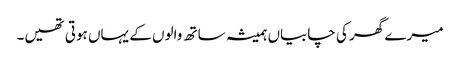
میرے گھر کی چابیاں ہمیشہ ساتھ والوں کے یہاں ہوتی تھیں۔